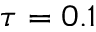
\tau = 0 . 1